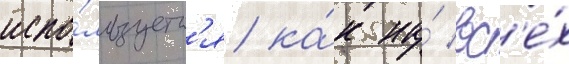
испо́льзуетс'я ка́к на́ вс'е́х